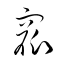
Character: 窳